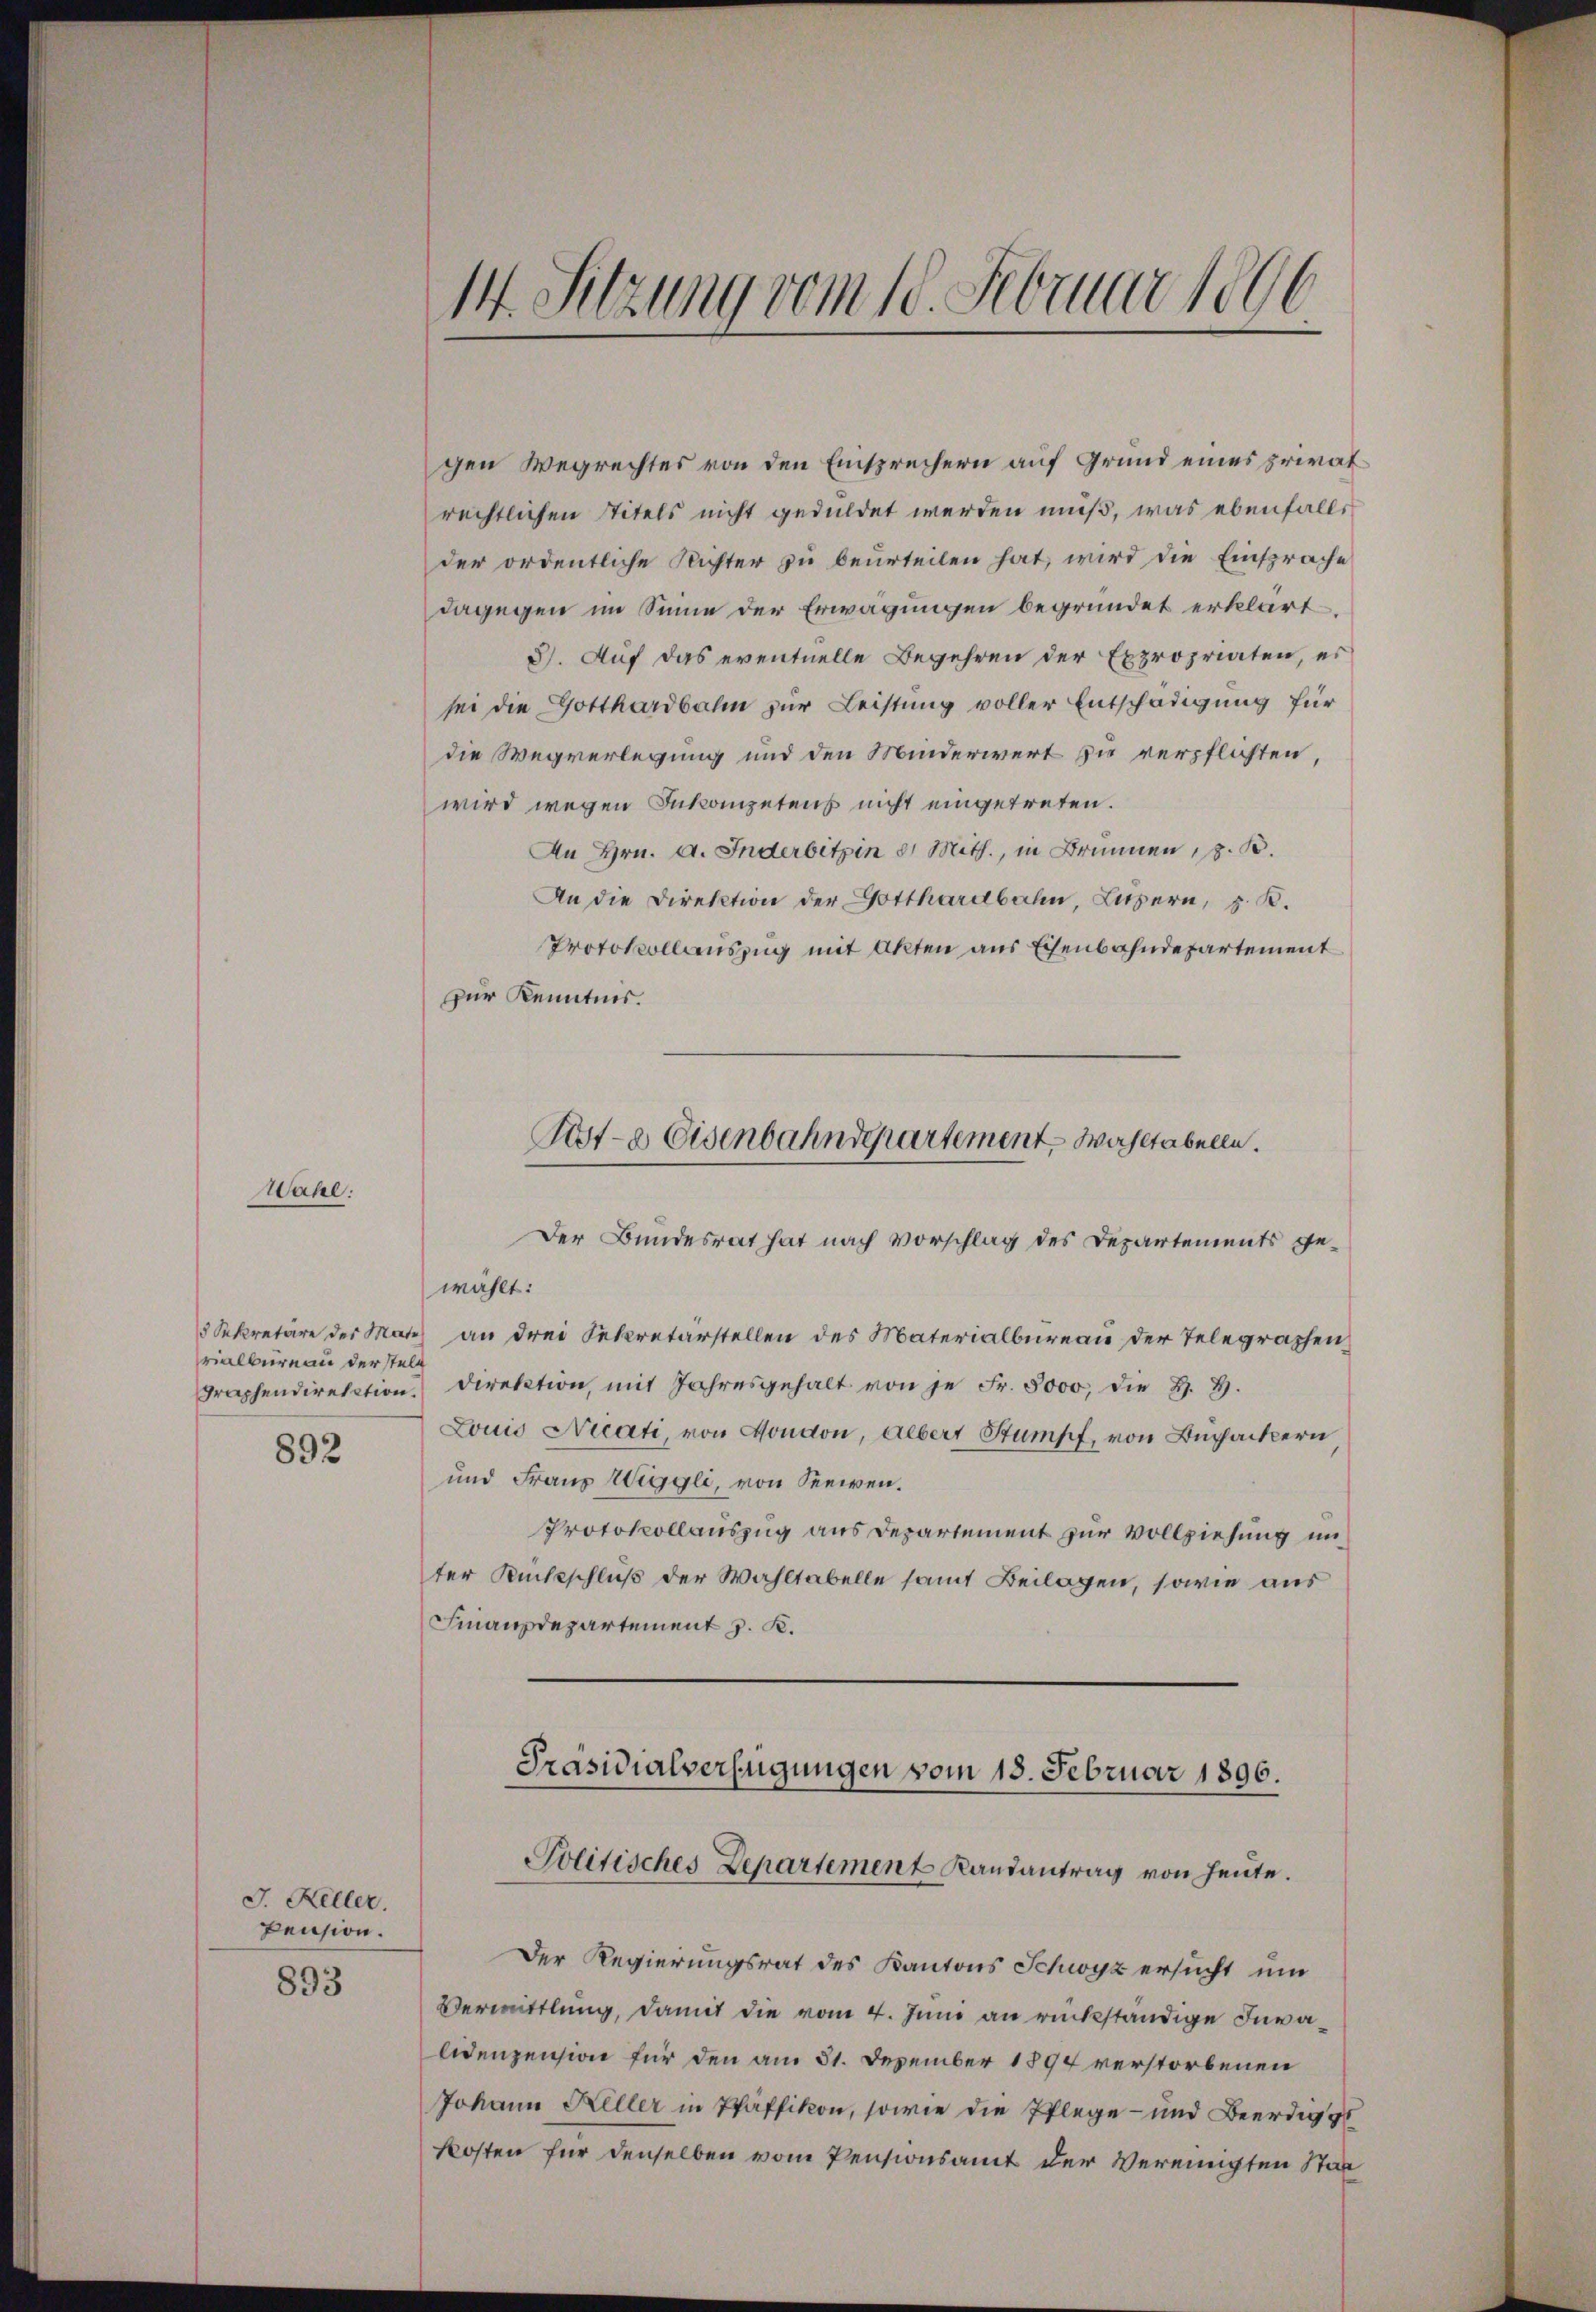
Wahl.

rialbüreau der stel

892

J. Keller.
pension.

893

.
14. Sitzung vom 10. Februar 1890

gen Wegrechtes von den Einsprechern auf Grund eines privatrechtlichen Titels nicht geduldet werden muß, was ebenfalls
der ordentliche Richter zu beurteilen hat, wird die Einsprache
dagegen im Sinne der Erwägungen begründet erklärt
3). Auf das eventuelle Begehren der Expropriaten, er
sei die Gotthardbahn zur Leistung voller Entschädigung für
die Wegverlegung und den Minderwert zu verpflichten,
wird wegen Inkompetens nicht eingetreten.
An Hrn. A. Inderbitzin 8. Mith., in Brunnen, z. B.
An die Direktion der Gotthardbahn, Luzern, z. B.
Protokollauszug mit Akten aus Eisenbahndepartement
zur Kenntnis.

Pst- & Eisenbahnderartement Wahltabelle.
Der Bundesrat hat nach Vorschlag des Departements ge¬

wählt:
3 Sekretäre des Mate an drei Sekretärstellen des Materialbureau der Telegraphen
Fraphendirektion. Direktion, mit Jahresgehalt von je Fr. 8000, die H. H.
Louis Nicati, von London, Albert Stumpf, von Buchackern
und Franz Wiggli, von Seeien.
Protokollauszug aus Departement zur Vollziehung unter Rückschluß der Wahltabelle samt Beilagen, sowie aus
Finanzdepartement z. K.

Präsidialverfügungen vom 18. Februar 1896.
Politisches Departement Landantrag von heute.

Der Regierungsrat des Kantons Schwyz ersucht um
Vermittlung, damit die vom 4. Juni an rückständige Invalidenzension für den am 31. Dezember 1897 verstorbenen
Johann Heller in Pfäffikon, sowie die Pflege - und Beerdig ge
kosten für denselben vom Pensionsamt der Vereinigten Stat